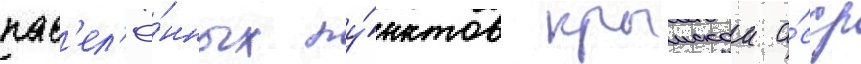
нас'ел'ё́нных пу́нктов крымскои а́сср